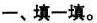
一、填一填。